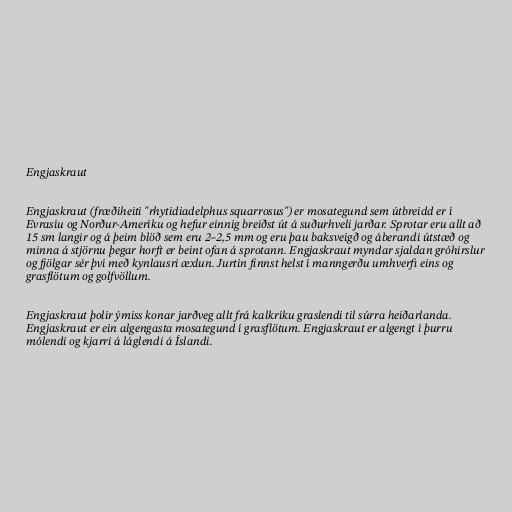
Engjaskraut

Engjaskraut (fræðiheiti "rhytidiadelphus squarrosus") er mosategund sem útbreidd er í
Evrasíu og Norður-Ameríku og hefur einnig breiðst út á suðurhveli jarðar. Sprotar eru allt að
15 sm langir og á þeim blöð sem eru 2–2,5 mm og eru þau baksveigð og áberandi útstæð og
minna á stjörnu þegar horft er beint ofan á sprotann. Engjaskraut myndar sjaldan gróhirslur
og fjölgar sér því með kynlausri æxlun. Jurtin finnst helst í manngerðu umhverfi eins og
grasflötum og golfvöllum.

Engjaskraut þolir ýmiss konar jarðveg allt frá kalkríku graslendi til súrra heiðarlanda.
Engjaskraut er ein algengasta mosategund í grasflötum. Engjaskraut er algengt í þurru
mólendi og kjarri á láglendi á Íslandi.